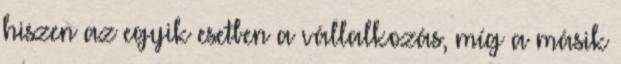
hiszen az egyik esetben a vállalkozás, míg a másik